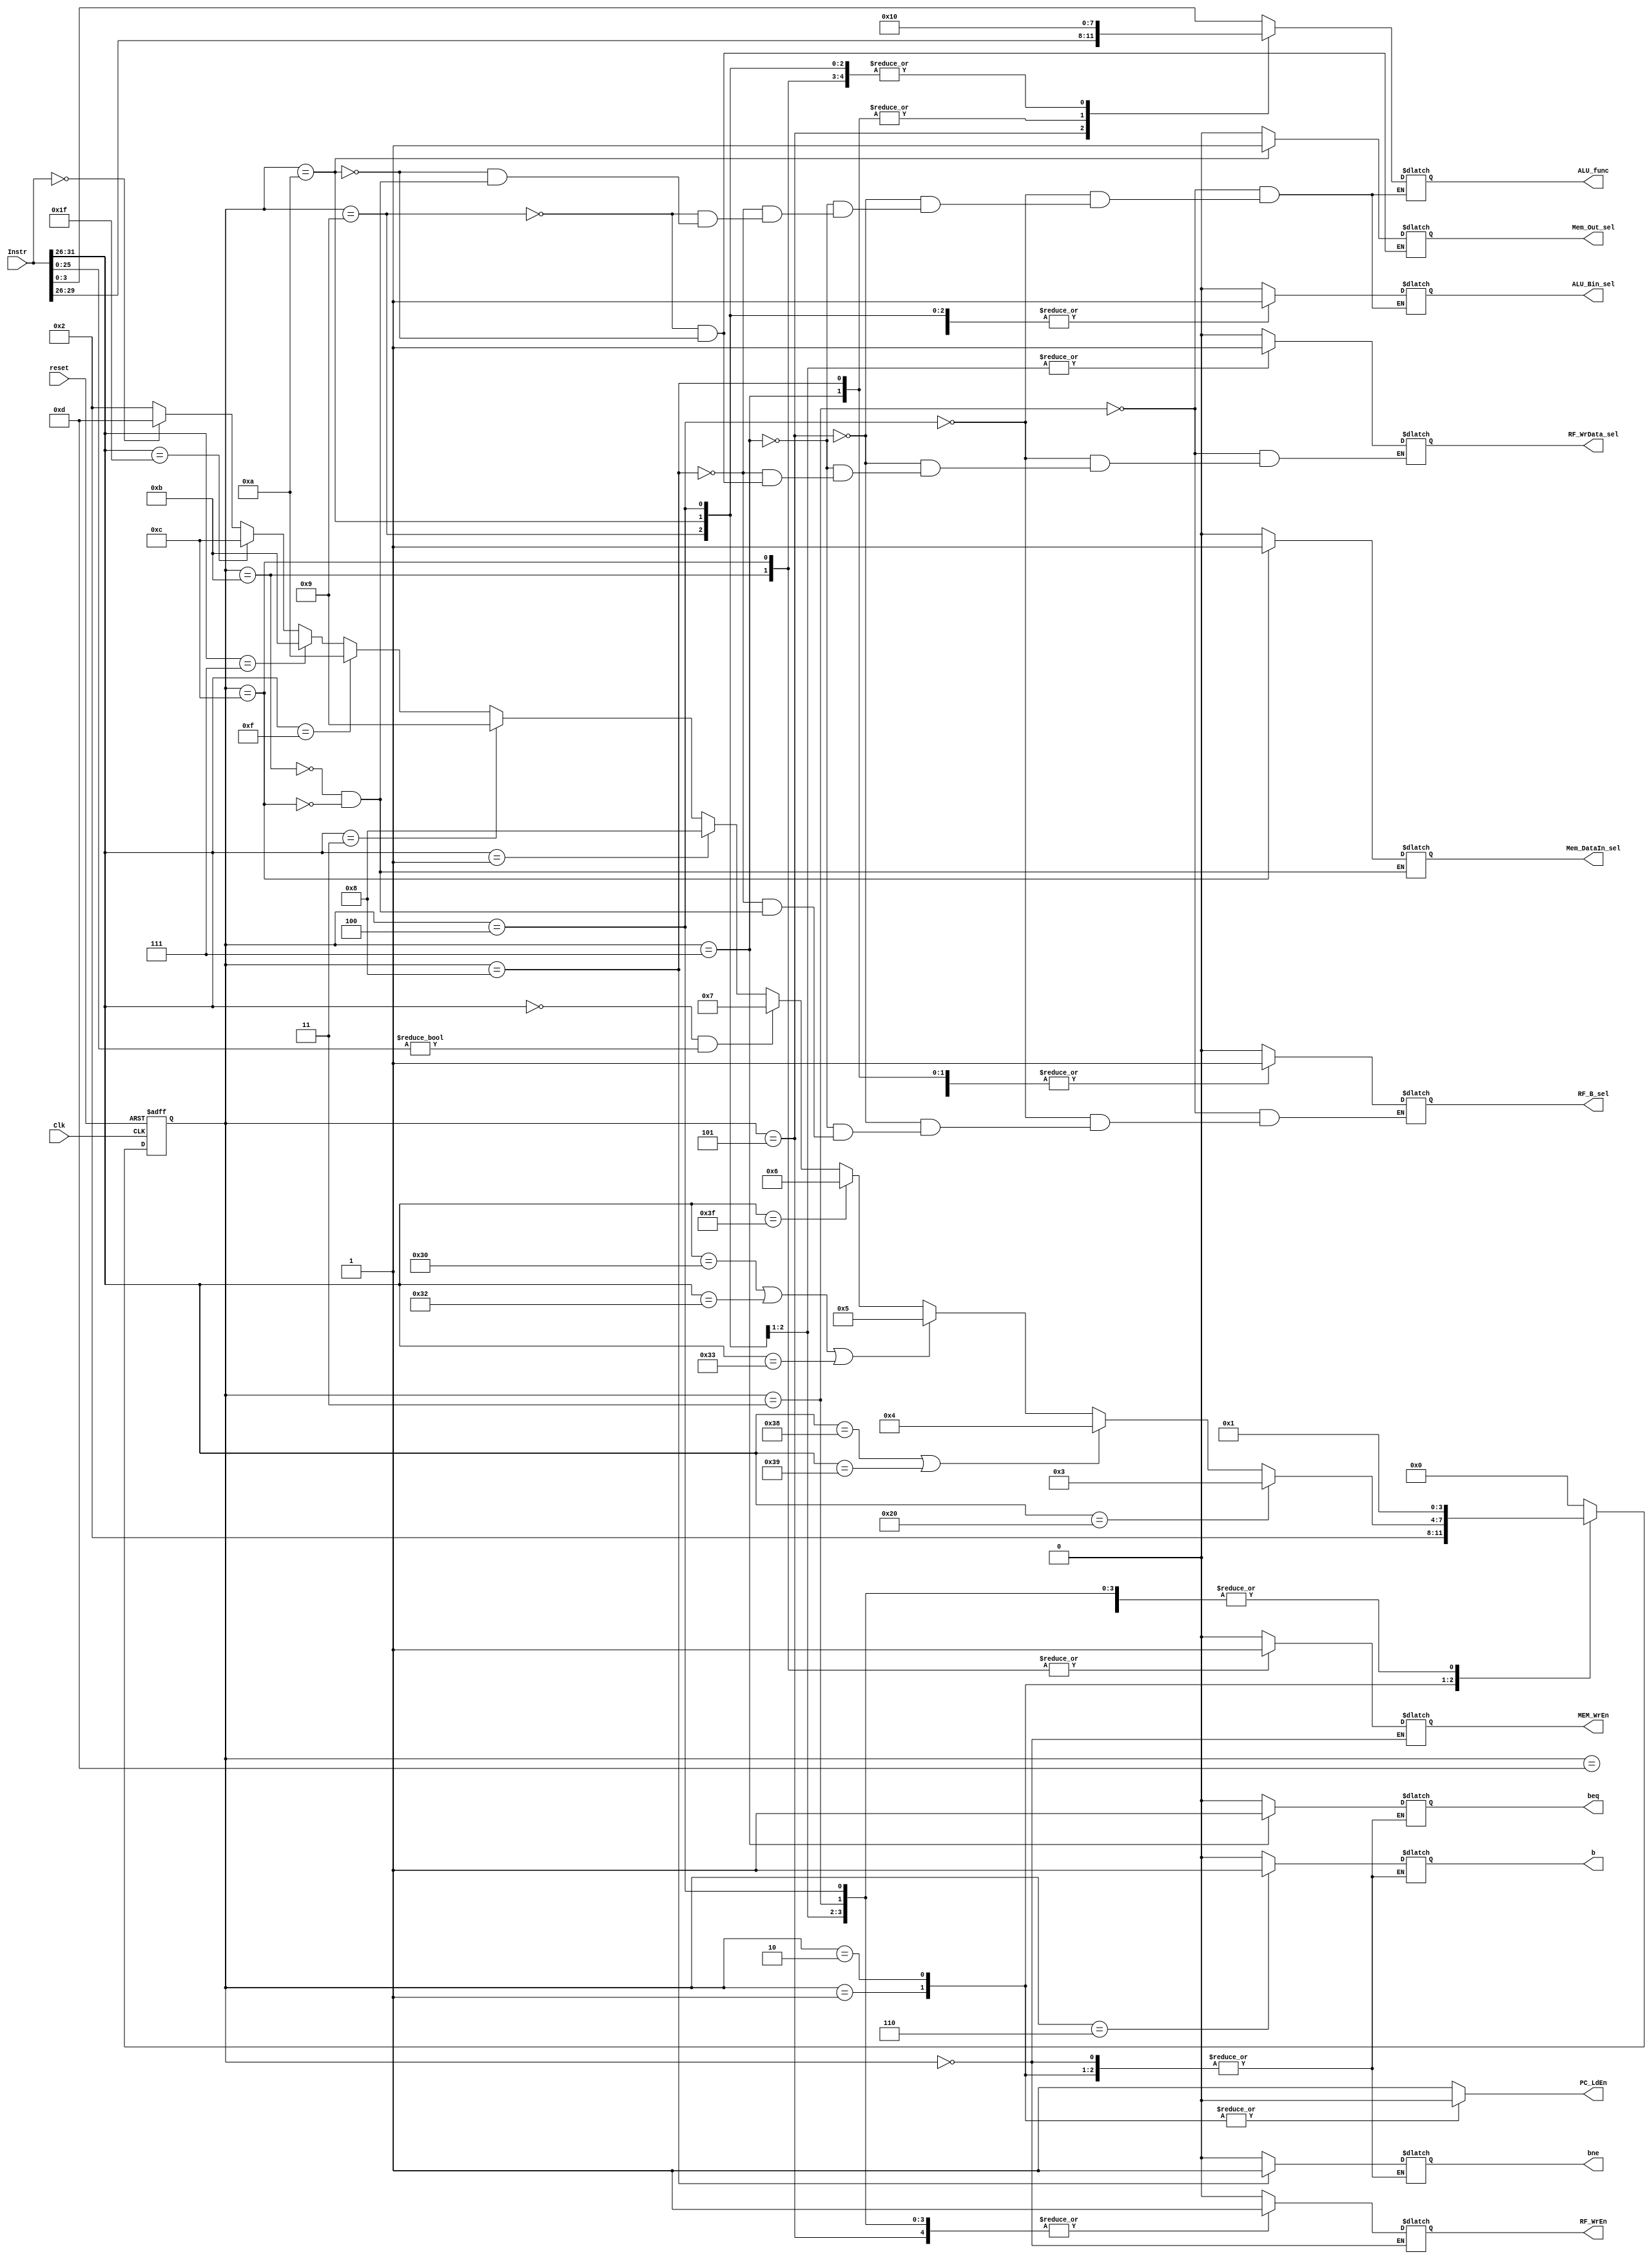
`timescale 1ns / 1ps
module CONTROL(
		input [31:0] Instr,
		input Clk, reset,
		output reg [3:0] ALU_func,
		output reg ALU_Bin_sel,
		output reg  RF_B_sel, RF_WrData_sel, RF_WrEn,
		        MEM_WrEn, Mem_Out_sel, Mem_DataIn_sel, b, beq, bne, PC_LdEn
    );
	 
	 reg [3:0] current_state, next_state;
	 parameter reset_start = 4'b0000,
	           dummy = 4'b0001,
				  start = 4'b0010,
				  alu = 4'b0011,
				  li_lui = 4'b0100,
				  immediate = 4'b0101,
				  branch = 4'b0110,
				  branch_equal = 4'b0111,
				  branch_not_equal = 4'b1000,
				  load_byte = 4'b1001,
				  load_word = 4'b1010,
				  save_byte = 4'b1011,
				  save_word = 4'b1100,
				  nope = 4'b1101;

    always @(posedge Clk or posedge reset) begin
	     if (reset) begin
		      current_state <= reset_start;
		  end
		  else begin
		      current_state <= next_state;
		  end
	 end
	 
	 always @(current_state or Instr) begin
	     case (current_state)
		      reset_start : next_state = dummy;
				dummy: next_state = start;
				start: if (Instr[31:26] == 6'b100000)
				           next_state = alu;
					    else if ((Instr[31:26] == 6'b111000) || (Instr[31:26] == 6'b111001))
						     next_state = li_lui;
						 else if ((Instr[31:26] == 6'b110000) || (Instr[31:26] == 6'b110010) || (Instr[31:26] == 6'b110011))
						     next_state = immediate;
						 else if (Instr[31:26] == 6'b111111)
						     next_state = branch;
						 else if ((Instr[31:26] == 6'b00000) && (Instr[25:0] != 26'b00000000000000000000000000))
						     next_state = branch_equal;
						 else if (Instr[31:26] == 6'b000001)
						     next_state = branch_not_equal;
					    else if (Instr[31:26] == 6'b000011)
						     next_state = load_byte;
						 else if (Instr[31:26] == 6'b001111)
						     next_state = load_word;
						 else if (Instr[31:26] == 6'b000111)
						     next_state = save_byte;
						 else if (Instr[31:26] == 6'b011111)
						     next_state = save_word;
						 else if (Instr == 32'b00000000000000000000000000000000)
						     next_state = nope;
						 else
						     next_state = start;
				alu, li_lui, immediate, branch, branch_equal, branch_not_equal,
				load_byte, load_word, save_byte, save_word, nope             : next_state = dummy;
				default: next_state = reset_start;
		  endcase
	 end
	 
	 
	 always @(current_state) begin
	     case (current_state)
		      reset_start: begin
				    PC_LdEn = 1'b1;
				end
				dummy: begin
				    PC_LdEn = 1'b0;
					 RF_WrEn = 1'b0;
		          MEM_WrEn= 1'b0;				 
				end
				start: begin
				    PC_LdEn = 1'b0;
					 RF_WrEn = 1'b0;
		          MEM_WrEn= 1'b0;				 
				end
				alu: begin
				     PC_LdEn = 1'b1;
					  ALU_func = Instr[3:0];
					  ALU_Bin_sel=1'b0;
					  RF_B_sel = 1'b0;
					  RF_WrData_sel=1'b0;
					  RF_WrEn= 1'b1;
					  MEM_WrEn = 1'b0;
					  b=1'b0;
					  beq=1'b0;
					  bne=1'b0;
				end
				li_lui: begin
				     PC_LdEn = 1'b1;
					  ALU_func = 4'b0000;
					  ALU_Bin_sel= 1'b1;
					  RF_B_sel = 1'b0;
					  RF_WrData_sel=1'b0;
					  RF_WrEn= 1'b1;
					  MEM_WrEn = 1'b0;
					  b=1'b0;
					  beq=1'b0;
					  bne=1'b0;	
				end
				immediate: begin
				     PC_LdEn = 1'b1;
					  ALU_func = Instr[29:26];
					  ALU_Bin_sel= 1'b1;
					  RF_B_sel = 1'b0;
					  RF_WrData_sel=1'b0;
					  RF_WrEn= 1'b1;
					  MEM_WrEn = 1'b0;
					  b=1'b0;
					  beq=1'b0;
					  bne=1'b0;
			   end
				branch: begin
				     PC_LdEn = 1'b1;
					  RF_WrEn= 1'b0;
					  MEM_WrEn = 1'b0;
					  b=1'b1;
					  beq=1'b0;
					  bne=1'b0;
				end
				branch_equal: begin
				     PC_LdEn = 1'b1;
					  ALU_func = 4'b0001;
					  ALU_Bin_sel= 1'b0;
					  RF_B_sel = 1'b1;
					  RF_WrData_sel=1'b0;
					  RF_WrEn= 1'b0;
					  MEM_WrEn = 1'b0;
					  b=1'b0;
					  beq=1'b1;
					  bne=1'b0;						  
				end
				branch_not_equal: begin
				     PC_LdEn = 1'b1;
					  ALU_func = 4'b0001;
					  ALU_Bin_sel= 1'b0;
					  RF_B_sel = 1'b1;
					  RF_WrData_sel=1'b0;
					  RF_WrEn= 1'b0;
					  MEM_WrEn = 1'b0;
					  b=1'b0;
					  beq=1'b0;
					  bne=1'b1;
				end
				load_byte: begin
				      PC_LdEn = 1'b1;
						Mem_Out_sel = 1'b0;
					  ALU_func = 4'b0000;  //add
					  ALU_Bin_sel=1'b1;     //Immediate
					  RF_WrData_sel=1'b1; //from Mem
					  RF_WrEn= 1'b1;
					  MEM_WrEn = 1'b0;
					  b=1'b0;
					  beq=1'b0;
					  bne=1'b0;						
				end
				load_word : begin
				     PC_LdEn = 1'b1;
					  Mem_Out_sel = 1'b1;
					  ALU_func = 4'b0000;  //add
					  ALU_Bin_sel=1'b1;     //Immediate
					  RF_WrData_sel=1'b1; //from Mem
					  RF_WrEn= 1'b1;
					  MEM_WrEn = 1'b0;
					  b=1'b0;
					  beq=1'b0;
					  bne=1'b0;				  
				end
				save_byte: begin
				     PC_LdEn = 1'b1;
					  Mem_DataIn_sel = 1'b0;
					  ALU_func = 4'b0000; //add
					  ALU_Bin_sel=1'b1;     //Immidiate
					  RF_B_sel = 1'b1;      //RF[rd]
					  RF_WrEn= 1'b0;
					  MEM_WrEn = 1'b1;    //write to Mem
					  b=1'b0;
					  beq=1'b0;
					  bne=1'b0;
				end 
				save_word: begin
				     PC_LdEn = 1'b1;
					  Mem_DataIn_sel = 1'b1;
					  ALU_func = 4'b0000; //add
					  ALU_Bin_sel=1'b1;     //Immidiate
					  RF_B_sel = 1'b1;     //RF[rd]
					  RF_WrEn= 1'b0;
					  MEM_WrEn = 1'b1;    //write to Mem
					  b=1'b0;
					  beq=1'b0;
					  bne=1'b0;
				end
				nope: begin
				     PC_LdEn = 1'b1;
					  RF_WrEn= 1'b0;      
					  MEM_WrEn = 1'b0;
					  b=1'b0;
					  beq=1'b0;
					  bne=1'b0;	
				end
				default: begin
				     PC_LdEn = 1'b1;
					  RF_WrEn= 1'b0;      
					  MEM_WrEn = 1'b0;
					  b=1'b0;
					  beq=1'b0;
					  bne=1'b0;
				end
					  
		  endcase
	 end

endmodule